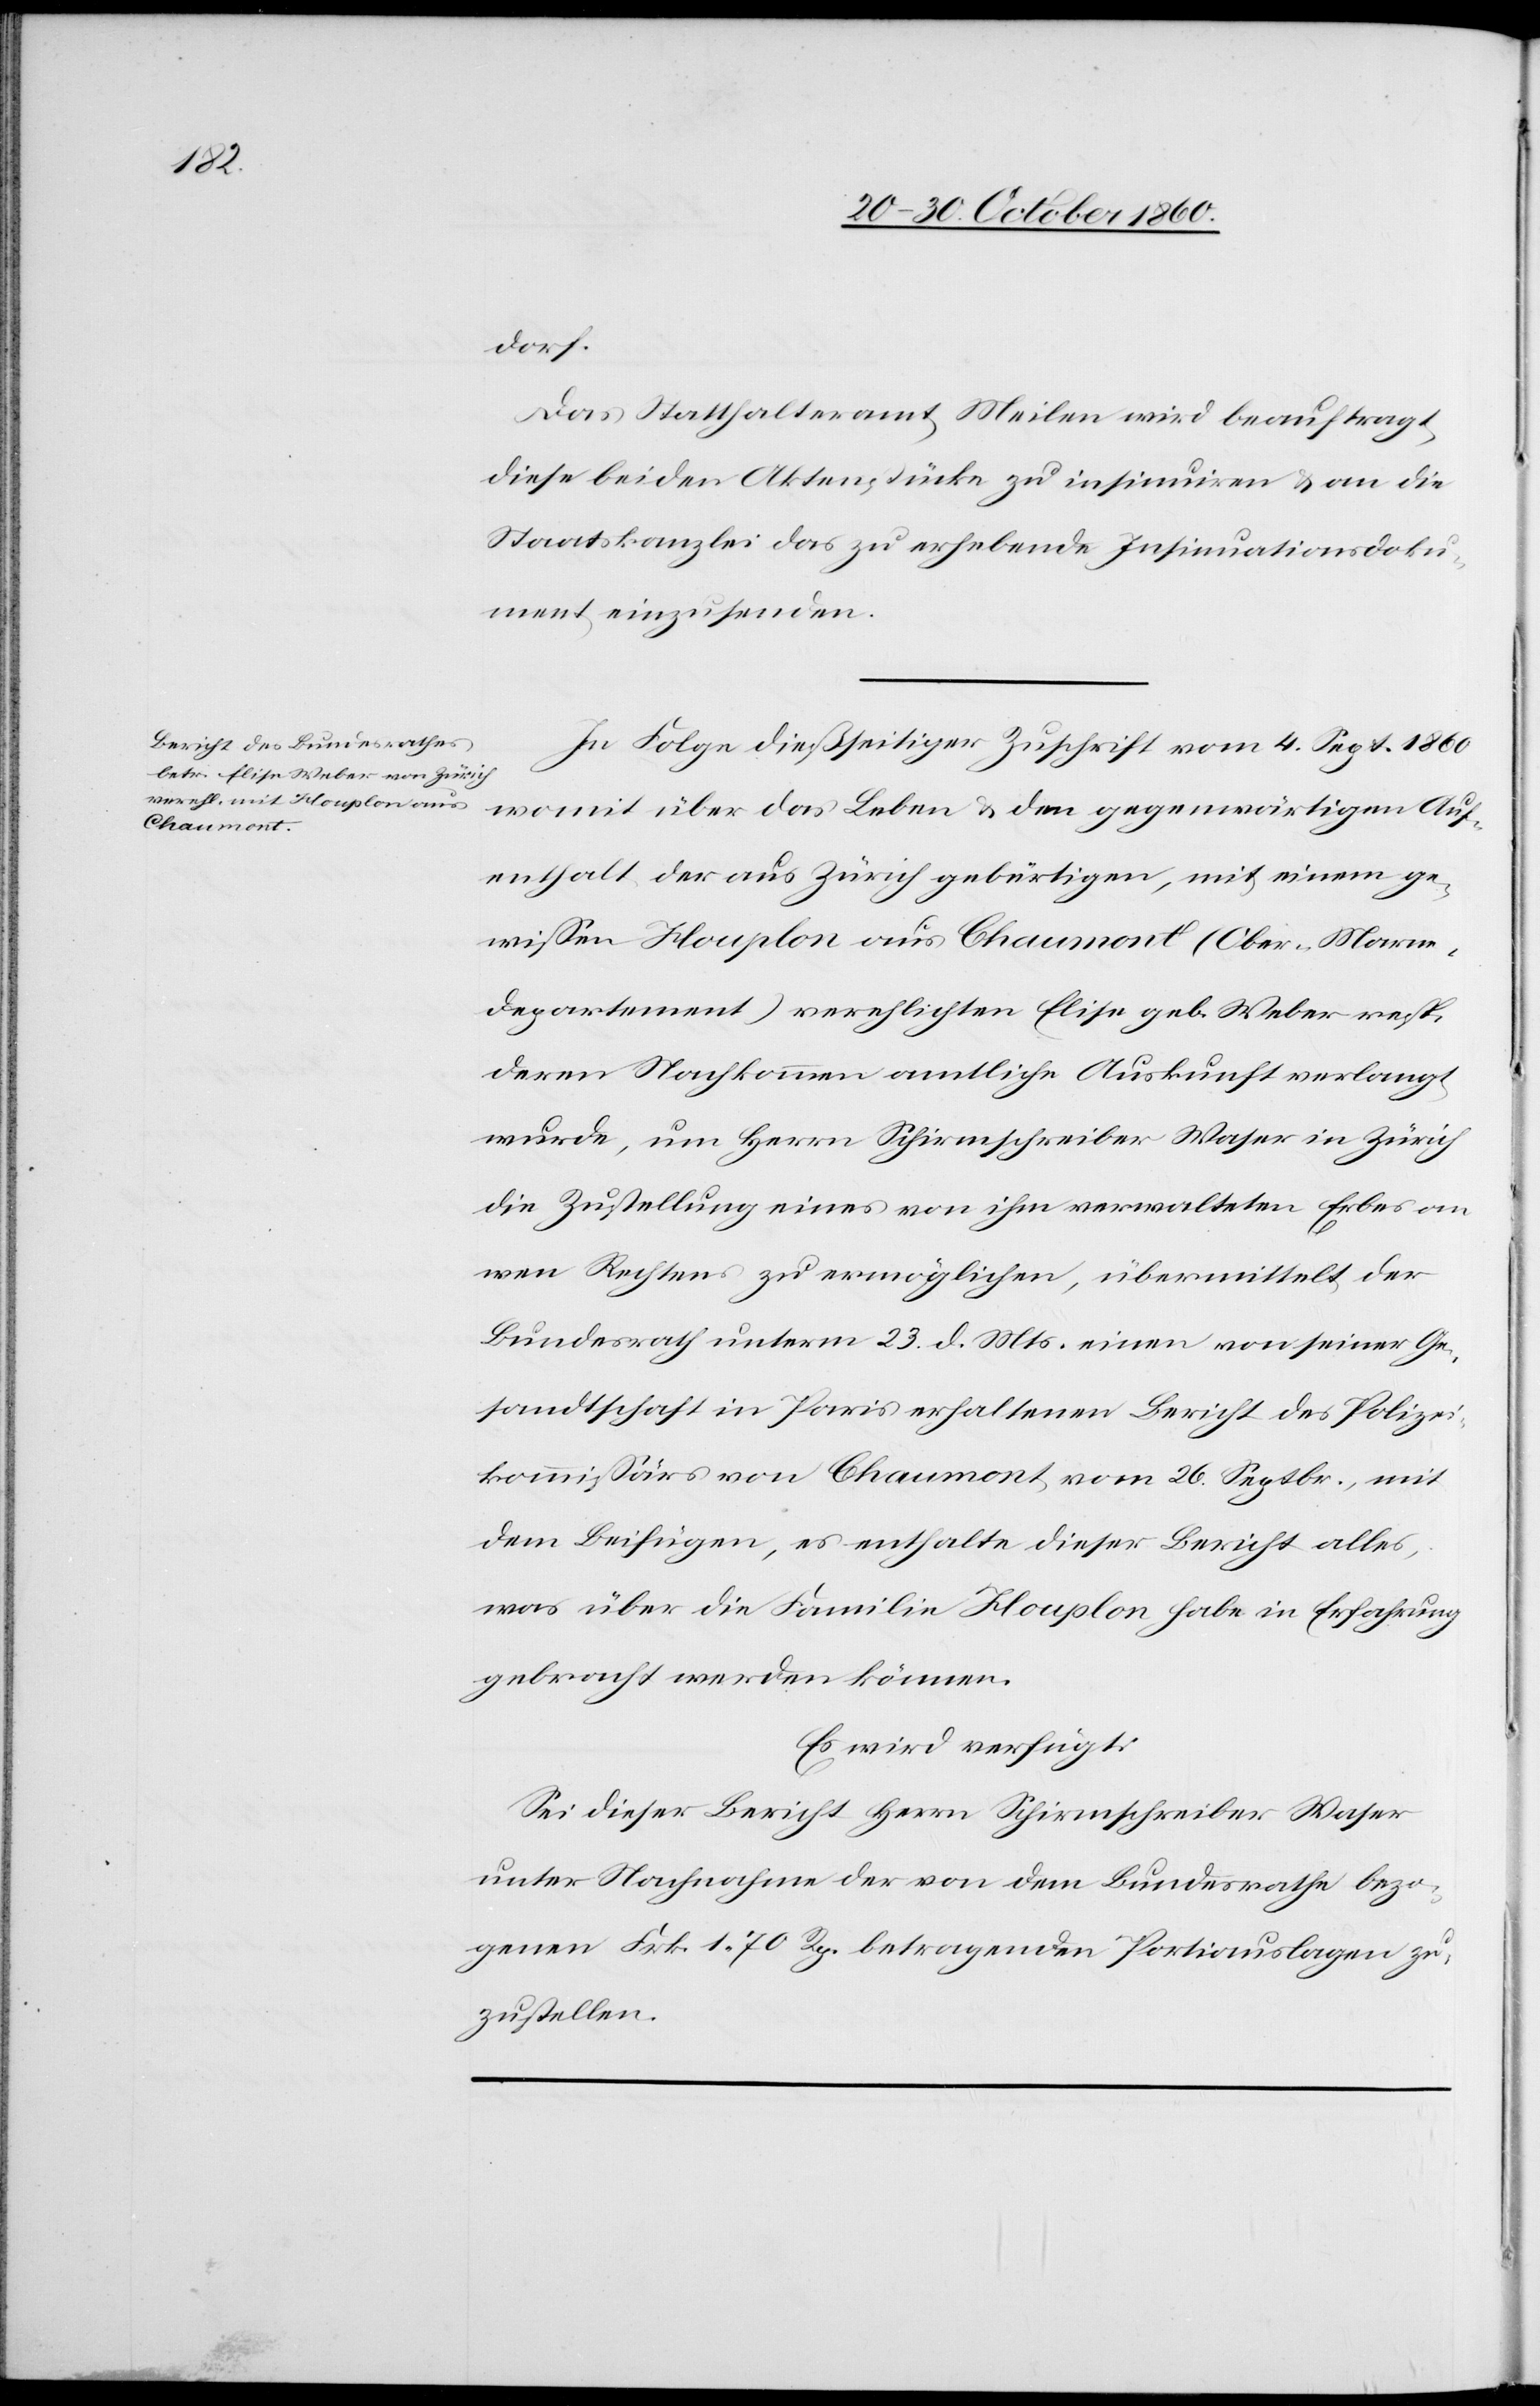
25. October 1860.]
dorf.
Das Statthalteramt Meilen wird beauftragt,
diese beiden Aktenstücke zu insinuiren u. an die
Staatskanzlei das zu erhebende Insinuationsdoku¬
ment einzusenden.
In Folge dießseitiger Zuschrift vom 4. Sept. 1860
womit über das Leben u. den gegenwärtigen Auf¬
enthalt der aus Zürich gebürtigen, mit einem ge¬
wissen Houplon aus Chaumont (Ober-Marne¬
departement) verehelichten Elise geb. Weber resp.
deren Nachkommen amtliche Auskunft verlangt
wurde, um Herrn Schirmschreiber Waser in Zürich
die Zustellung eines von ihm verwalteten Erbes an
wen Rechtens zu ermöglichen, übermittelt der
Bundesrath unterm 23. d. Mts. einen von seiner Ge¬
sandtschaft in Paris erhaltenen Bericht des Polizei¬
kommissärs von Chaumont vom 26. Septbr., mit
dem Beifügen, es enthalte dieser Bericht alles,
was über die Familie Houplon habe in Erfahrung
gebracht werden können.
Es wird verfügt:
Sei dieser Bericht Herrn Schirmschreiber Waser
unter Nachnahme der von dem Bundesrathe bezo¬
genen Frk. 1. 70 Rp. betragenden Portiauslagen zu¬
zustellen.